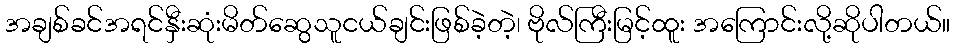
အချစ်ခင်အရင်နှီးဆုံးမိတ်ဆွေသူငယ်ချင်းဖြစ်ခဲ့တဲ့၊ ဗိုလ်ကြီးမြင့်ထူး အကြောင်းလို့ဆိုပါတယ်။